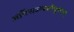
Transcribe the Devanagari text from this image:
अभिराजयशोभूषणम्